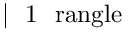
\mathrm { ~ \ensuremath ~ { ~ \vert ~ \mathrm { ~ 1 ~ \ r a n g l e ~ } } ~ }